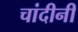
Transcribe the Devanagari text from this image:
चांदीनी